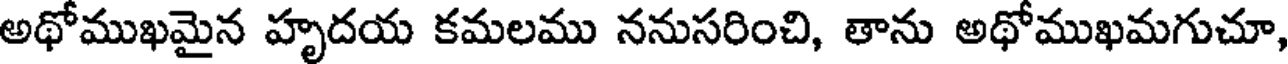
అథోముఖమైన హృదయ కమలము ననుసరించి, తాను అథోముఖమగుచూ,